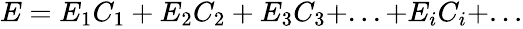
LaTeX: \begin{array}{r}{E=E_{1}C_{1}+E_{2}C_{2}+E_{3}C_{3}+...+E_{i}C_{i}+...}\end{array}